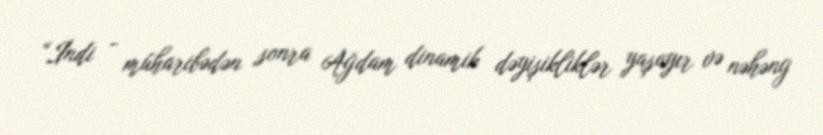
“İndi - müharibədən sonra Ağdam dinamik dəyişikliklər yaşayır və nəhəng